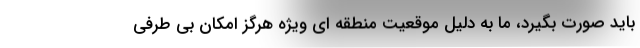
باید صورت بگیرد، ما به دلیل موقعیت منطقه ای ویژه هرگز امکان بی طرفی